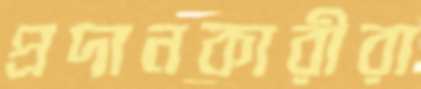
প্রদানকারীরা